Document type: Grant of rights
Year: 1326
Scribe: Bernat de Vilarúbia
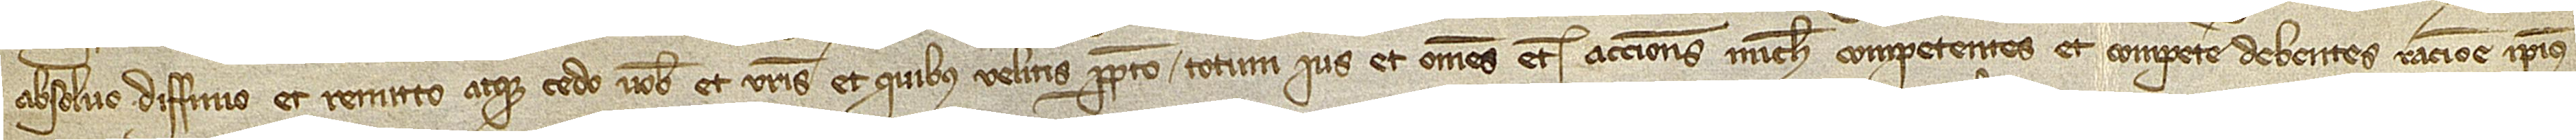
absolvo, diffinio et remitto atque cedo vobis et vestris et quibus velitis perpetuo totum ius et omnes etiam acciones michi competentes et competere debentes racione ipsius